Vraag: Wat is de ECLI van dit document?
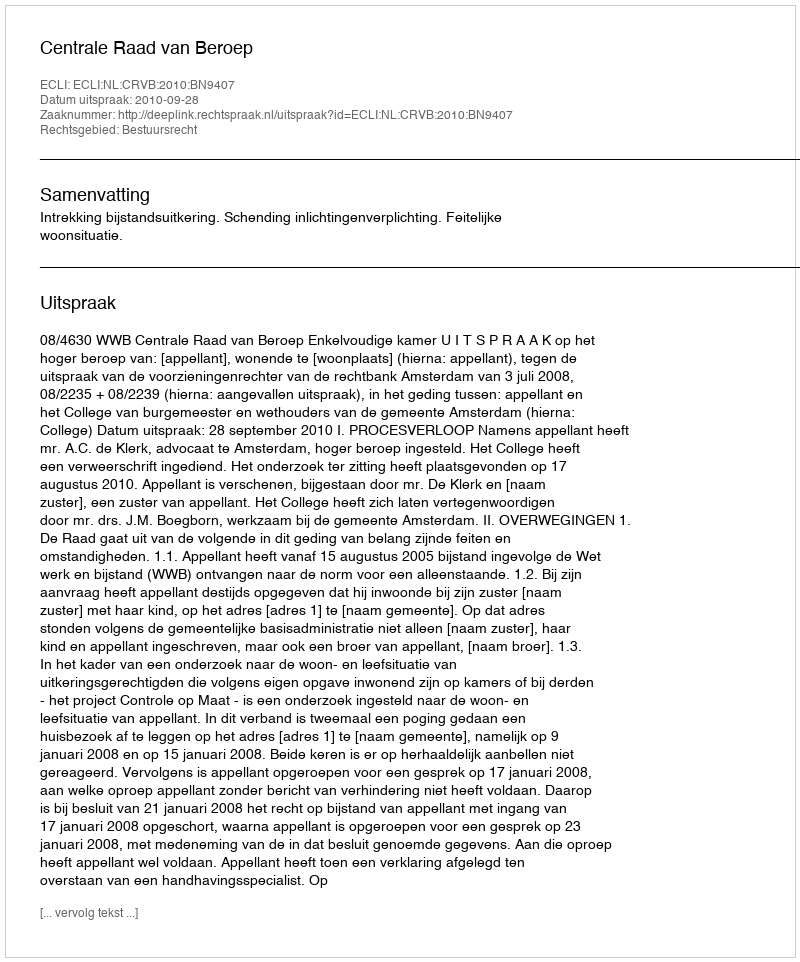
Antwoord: ECLI:NL:CRVB:2010:BN9407